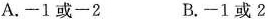
A.-1或-2 B. -1或2